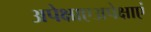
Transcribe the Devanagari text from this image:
अपेक्षाएअपेक्षाएं